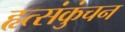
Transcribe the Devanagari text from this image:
हृत्संकुंचन